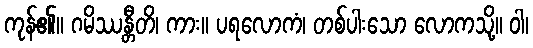
ကုန်၏။ ဂမိဿန္တီတိ၊ ကား။ ပရလောကံ၊ တစ်ပါးသော လောကသို့။ ဝါ၊